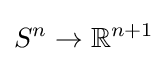
S^{n}\to \mathbb {R} ^{n+1}